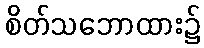
စိတ်သဘောထား၌